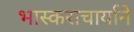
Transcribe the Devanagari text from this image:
भास्कराचार्याने